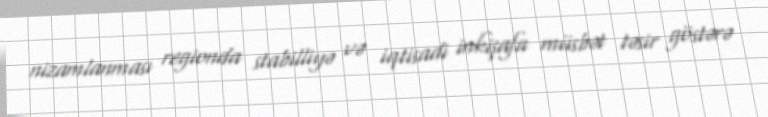
nizamlanması regionda stabilliyə və iqtisadi inkişafa müsbət təsir göstərə